Reports on dispensaries and lunatic asylums in the Province of Oudh - 1869-1876
Year: 1869
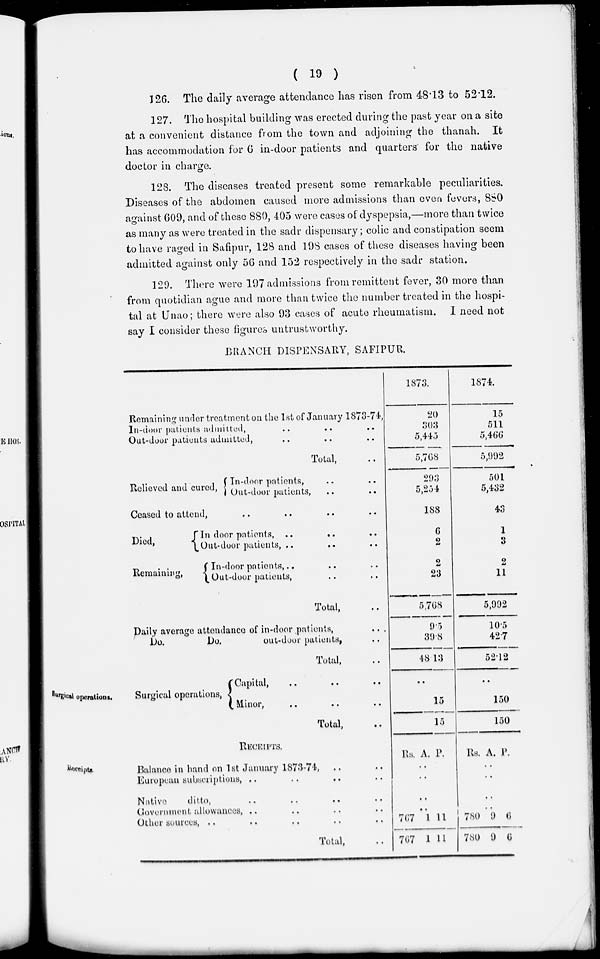
( 19 )
126. The daily average attendance has risen from 48.13 to 52.12.
127. The hospital building was erected during the past year on a site
at a convenient distance from the town and adjoining the thanah. It
has accommodation for 6 in-door patients and quarters for the native
doctor in charge.
128. The diseases treated present some remarkable peculiarities.
Diseases of the abdomen caused more admissions than even fevers, 880
against 609, and of these 880, 405 were cases of dyspepsia,—more than twice
as many as were treated in the sadr dispensary; colic and constipation seem
to have raged in Safipur, 128 and 198 cases of these diseases having been
admitted against only 56 and 152 respectively in the sadr station.
129. There were 197 admissions from remittent fever, 30 more than
from quotidian ague and more than twice the number treated in the hospi-
tal at Unao; there were also 93 cases of acute rheumatism. I need not
say I consider these figures untrustworthy.
BRANCH DISPENSARY, SAFIPUR.
Remaining under treatment on the 1st of January 1873-74,
In-door patients admitted, .. .. ..
Out-door patients admitted, .. .. ..
Total, ..
Relieved and cured,
In-door
patients, .. ..
ureu, Out-door patients, .. ..
Ceased to
attend
,
..
..
..
..
Died,
Remaining,
In door patients, .. .. ..
Out-door patients, .. .. ..
In-door patients, .. .. ..
Out-door patients, .. .. ..
Total, ..
Daily average attendance of in-door patients,
..
Do.
Do.
out-door patients, ..
Total, ..
1873.
20
303
5,445
5,768
293
5,254
188
6
2
2
23
5,768
9.5
39.8
48.13
1874.
15
511
5,466
5,992
501
5,432
43
1
3
2
11
5,992
10.5
42.7
52.12
Surgical operations.
Surgical operations,
Capital , .. .. ..
Minor, .. .. ..
Total, ..
..
15
15
..
150
150
Receipts
RECEIPTS.
Balance in hand on 1st January 1873-74, .. ..
European subscriptions, .. .. .. ..
Native
ditto, .. .. .. ..
Government allowances, .. .. .. ..
Other sources, .. .. .. .. ..
Total, ..
Rs. A. P.
..
..
..
..
767
767
1
1
11
11
Rs. A. P.
..
..
..
..
780
780
9
9
6
6